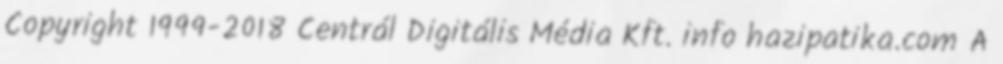
Copyright 1999-2018 Centrál Digitális Média Kft. info hazipatika.com A